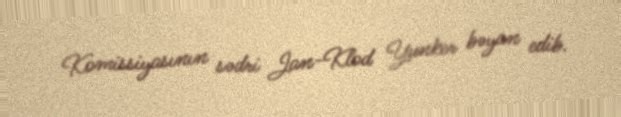
Komissiyasının sədri Jan-Klod Yunker bəyan edib.